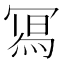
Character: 𭂁